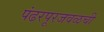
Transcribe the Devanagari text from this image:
पंढरपूरजवळची